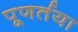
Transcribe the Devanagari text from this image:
पूणर्तया